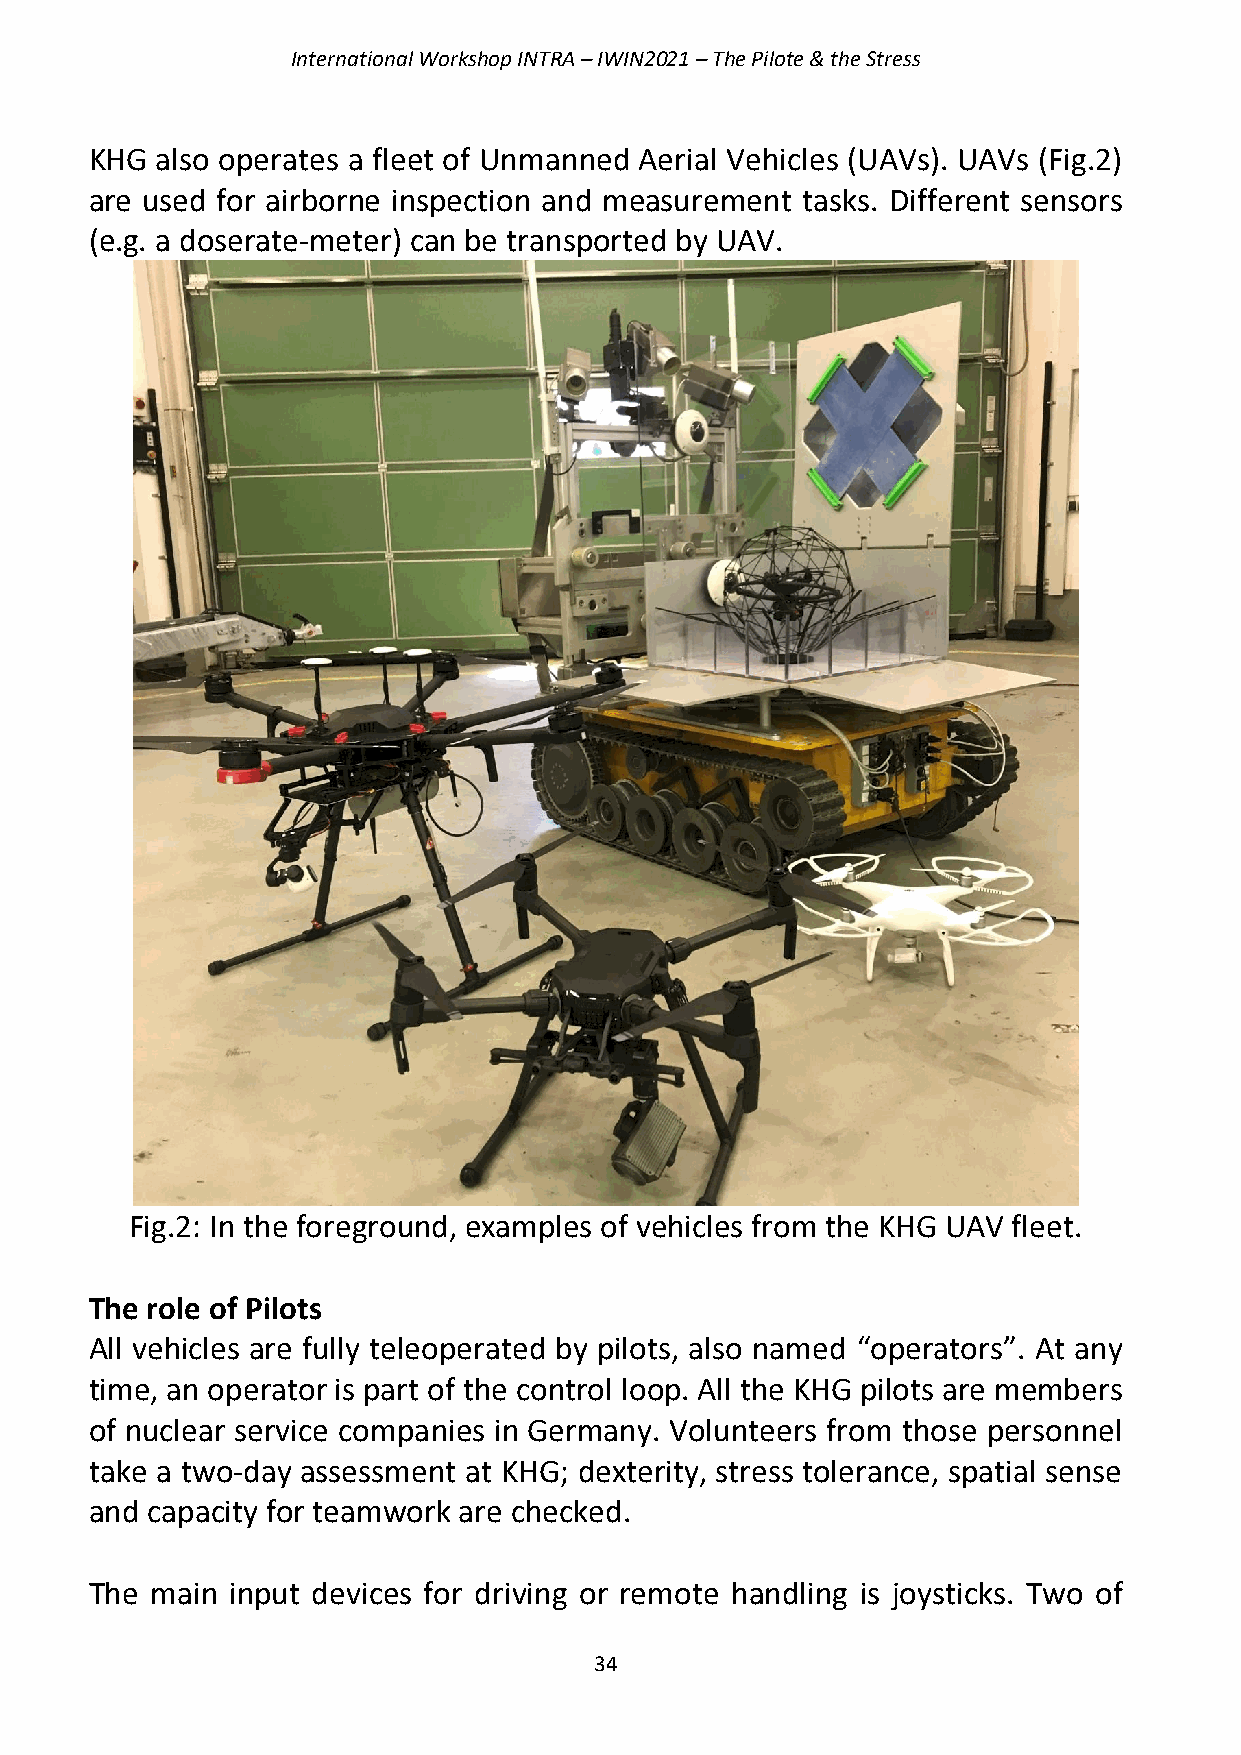
International Workshop INTRA – IWIN2021 – The Pilote & the Stress
 KHG also operates a fleet of Unmanned Aerial Vehicles (UAVs). UAVs (Fig.2)
 are used for airborne inspection and measurement tasks. Different sensors
 (e.g. a doserate-meter) can be transported by UAV.
 Fig.2: In the foreground, examples of vehicles from the KHG UAV fleet.
 The role of Pilots
 All vehicles are fully teleoperated by pilots, also named “operators”. At any
 time, an operator is part of the control loop. All the KHG pilots are members
 of nuclear service companies in Germany. Volunteers from those personnel
 take a two-day assessment at KHG; dexterity, stress tolerance, spatial sense
 and capacity for teamwork are checked.
 The main input devices for driving or remote handling is joysticks. Two of
 34